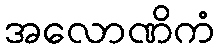
အလောဏိကံ